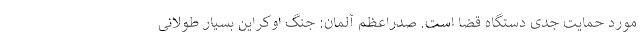
مورد حمایت جدی دستگاه قضا است. صدراعظم آلمان: جنگ اوکراین بسیار طولانی